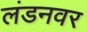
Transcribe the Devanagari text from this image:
लंडनवर